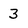
Character: 3